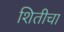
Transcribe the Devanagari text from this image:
शितीचा